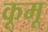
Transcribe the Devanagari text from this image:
कूमू